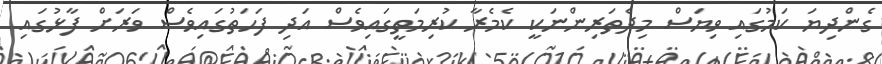
ގެންދިޔަ ކަމުގައި ވިޔަސް މިދެތަރިންނަކީ ކެމެރާ ކުރިމަތީގައިވެސް އަދި ފަހަތުގައިވެސް ވަރަށް ފާޅުގައި